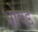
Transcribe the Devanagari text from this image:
भोवड